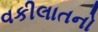
વકીલાતનો